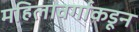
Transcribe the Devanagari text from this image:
महिलावर्गाकडून